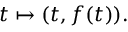
t \mapsto ( t , f ( t ) ) .